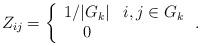
LaTeX: \begin{align*}Z_{ij} = \left\{\begin{array}{cc}1/|G_{k}| & i, j \in G_{k} \\0 & \\\end{array}\right. .\end{align*}